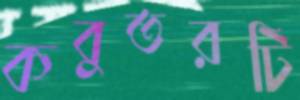
কবুতরটি